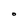
Character: O